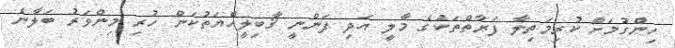
ހިންގުމަށް ކުރިމަތިލާ ފަރާތްތަކުގެ މާލީ އަދި ފަންނީ ޤާބިލީއްޔަތުކަން ހުރި މިންވަރު ބަލާނެ